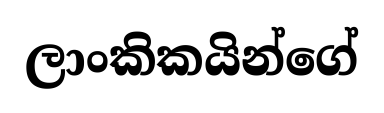
ලාංකිකයින්ගේ